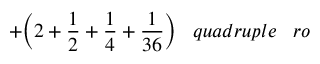
+ { \bigg ( } 2 + { \frac { 1 } { 2 } } + { \frac { 1 } { 4 } } + { \frac { 1 } { 3 6 } } { \bigg ) } \; \; \; q u a d r u p l e \; \; \; r o